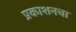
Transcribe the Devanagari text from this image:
प्रकाशनचा